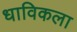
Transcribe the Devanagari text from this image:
धाविकला